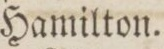
Hamilton.